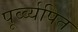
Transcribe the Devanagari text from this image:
पूर्व्व्यपित